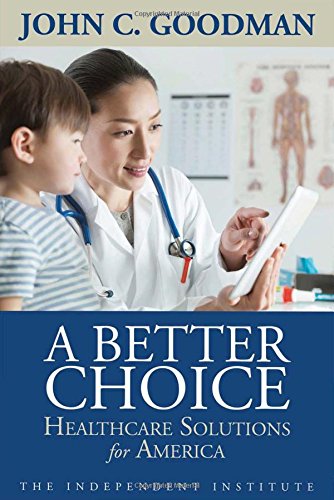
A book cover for A Better Choice: Healthcare Solutions for America (Independent Studies in Political Economy); John C. Goodman; Medical Books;